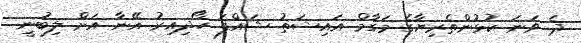
ދެ ވަނަ ކުޅުންތެރިޔާގެ މަގާމް އައިޝަތު ޝައްފަ ހޯދިއިރު އޭނާ އަށް ލިބުނީ